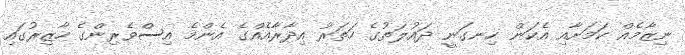
ނިޒާމެއް ކަމަށާއި އެކަން ހިނގަނީ ދައުލަތުގެ ހަތަރު އިދާރާއެއްގެ އެންމެ އިސްވެރިންގެ ހާޒިރުގައި